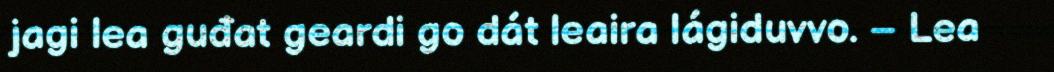
jagi lea guđat geardi go dát leaira lágiduvvo. – Lea